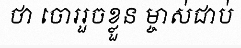
ថា ចោររួចខ្លួន ម្ចាស់ជាប់